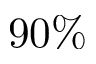
9 0 \%